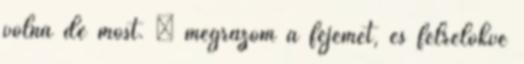
volna de most. – megrázom a fejemet, és félrelökve